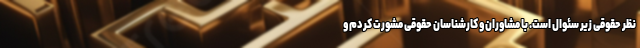
نظر حقوقی زیر سئوال است. با مشاوران و کارشناسان حقوقی مشورت کردم و